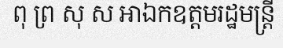
ពុ ព្រ សុ ស អាឯកឧត្តមរដ្ឋមន្ត្រី